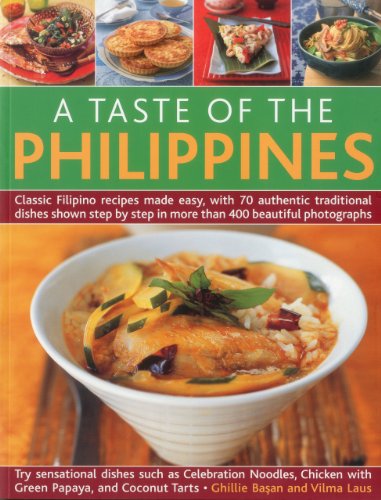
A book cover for A Taste of the Philippines: Classic Filipino recipes made easy with 70 authentic traditional dishes shown step-by-step in beautiful photographs.; Ghillie Basan; Cookbooks, Food & Wine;